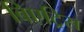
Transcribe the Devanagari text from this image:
बिएट्रिस